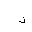
Letter: _dal